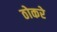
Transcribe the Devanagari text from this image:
ठोकरे